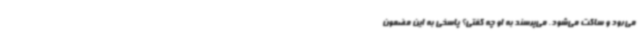
می‌رود و ساکت می‌شود. می‌پرسند به او چه گفتی؟ پاسخی به این مضمون